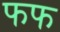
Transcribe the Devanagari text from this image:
फफ